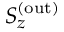
S _ { z } ^ { ( \mathrm { o u t } ) }